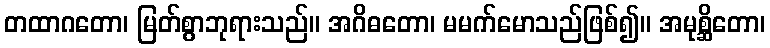
တထာဂတော၊ မြတ်စွာဘုရားသည်။ အဂိဓတော၊ မမက်မောသည်ဖြစ်၍။ အမုစ္ဆိတော၊